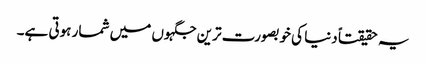
یہ حقیقتاً دنیا کی خوبصورت ترین جگہوں میں شمار ہوتی ہے۔